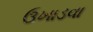
ઉખાડવા